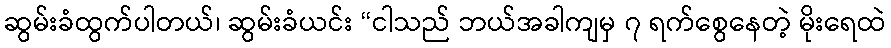
ဆွမ်းခံထွက်ပါတယ်၊ ဆွမ်းခံယင်း “ငါသည် ဘယ်အခါကျမှ ၇ ရက်စွေနေတဲ့ မိုးရေထဲ